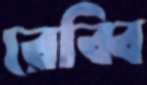
রেব্বি